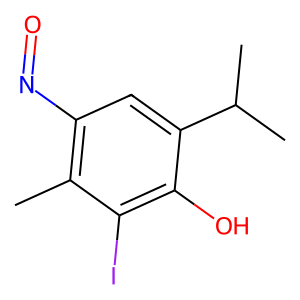
SMILES: Cc1c(N=O)cc(C(C)C)c(O)c1I
Inhibits HIV replication: No